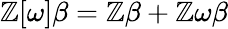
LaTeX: \mathbb{Z}[\omega]\beta=\mathbb{Z}\beta+\mathbb{Z}\omega\beta